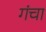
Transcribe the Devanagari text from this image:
गंचा